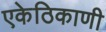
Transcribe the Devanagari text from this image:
एकेठिकाणी